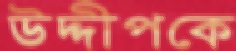
উদ্দীপকে